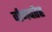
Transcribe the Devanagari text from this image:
र्वाणपतेह